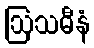
ဩသဓီနံ